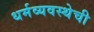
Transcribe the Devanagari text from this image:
धर्मव्यवस्थेची